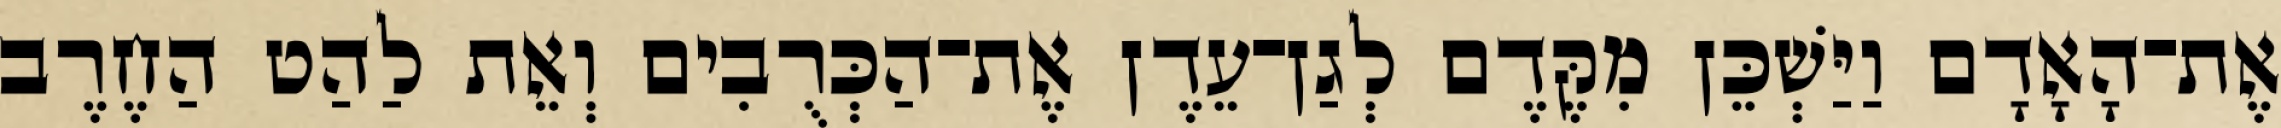
אֶת־הָאָדָם וַיַּשְׁכֵּן מִקֶּדֶם לְגַן־עֵדֶן אֶת־הַכְּרֻבִים וְאֵת לַהַט הַחֶרֶב